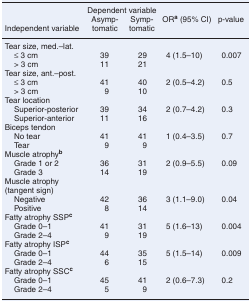
|  | <COLSPAN=2> Dependent variable |  |  |
 | Independent variable | Asymptomatic | Symptomatic | ORa (95% CI) | p-value |
 | --- | --- | --- | --- | --- |
 | <COLSPAN=5> Tear size, med.–lat. |
 | ≤ 3 cm | 39 | 29 | 4 (1.5–10) | 0.007 |
 | > 3 cm | 11 | 21 |  |  |
 | <COLSPAN=5> Tear size, ant.–post. |
 | ≤ 3 cm | 41 | 40 | 2 (0.5–4.2) | 0.5 |
 | > 3 cm | 9 | 10 |  |  |
 | <COLSPAN=5> Tear location |
 | Superior-posterior | 39 | 34 | 2 (0.7–4.2) | 0.3 |
 | Superior-anterior | 11 | 16 |  |  |
 | <COLSPAN=5> Biceps tendon |
 | No tear | 41 | 41 | 1 (0.4–3.5) | 0.7 |
 | Tear | 9 | 9 |  |  |
 | <COLSPAN=5> Muscle atrophyb |
 | Grade 1 or 2 | 36 | 31 | 2 (0.9–5.5) | 0.09 |
 | Grade 3 | 14 | 19 |  |  |
 | <COLSPAN=5> Muscle atrophy (tangent sign) |
 | Negative | 42 | 36 | 3 (1.1–9.0) | 0.04 |
 | Positive | 8 | 14 |  |  |
 | <COLSPAN=5> Fatty atrophy SSPc |
 | Grade 0–1 | 41 | 31 | 5 (1.6–13) | 0.004 |
 | Grade 2–4 | 9 | 19 |  |  |
 | <COLSPAN=5> Fatty atrophy ISPc |
 | Grade 0–1 | 44 | 35 | 5 (1.5–14) | 0.009 |
 | Grade 2–4 | 6 | 15 |  |  |
 | <COLSPAN=5> Fatty atrophy SSCc |
 | Grade 0–1 | 45 | 41 | 2 (0.6–7.3) | 0.2 |
 | Grade 2–4 | 5 | 9 |  |  |